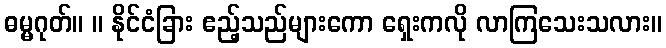
ဓမ္မဂုတ်။ ။ နိုင်ငံခြား ဧည့်သည်များကော ရှေးကလို လာကြသေးသလား။